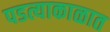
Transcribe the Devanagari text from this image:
पडत्याकाळात